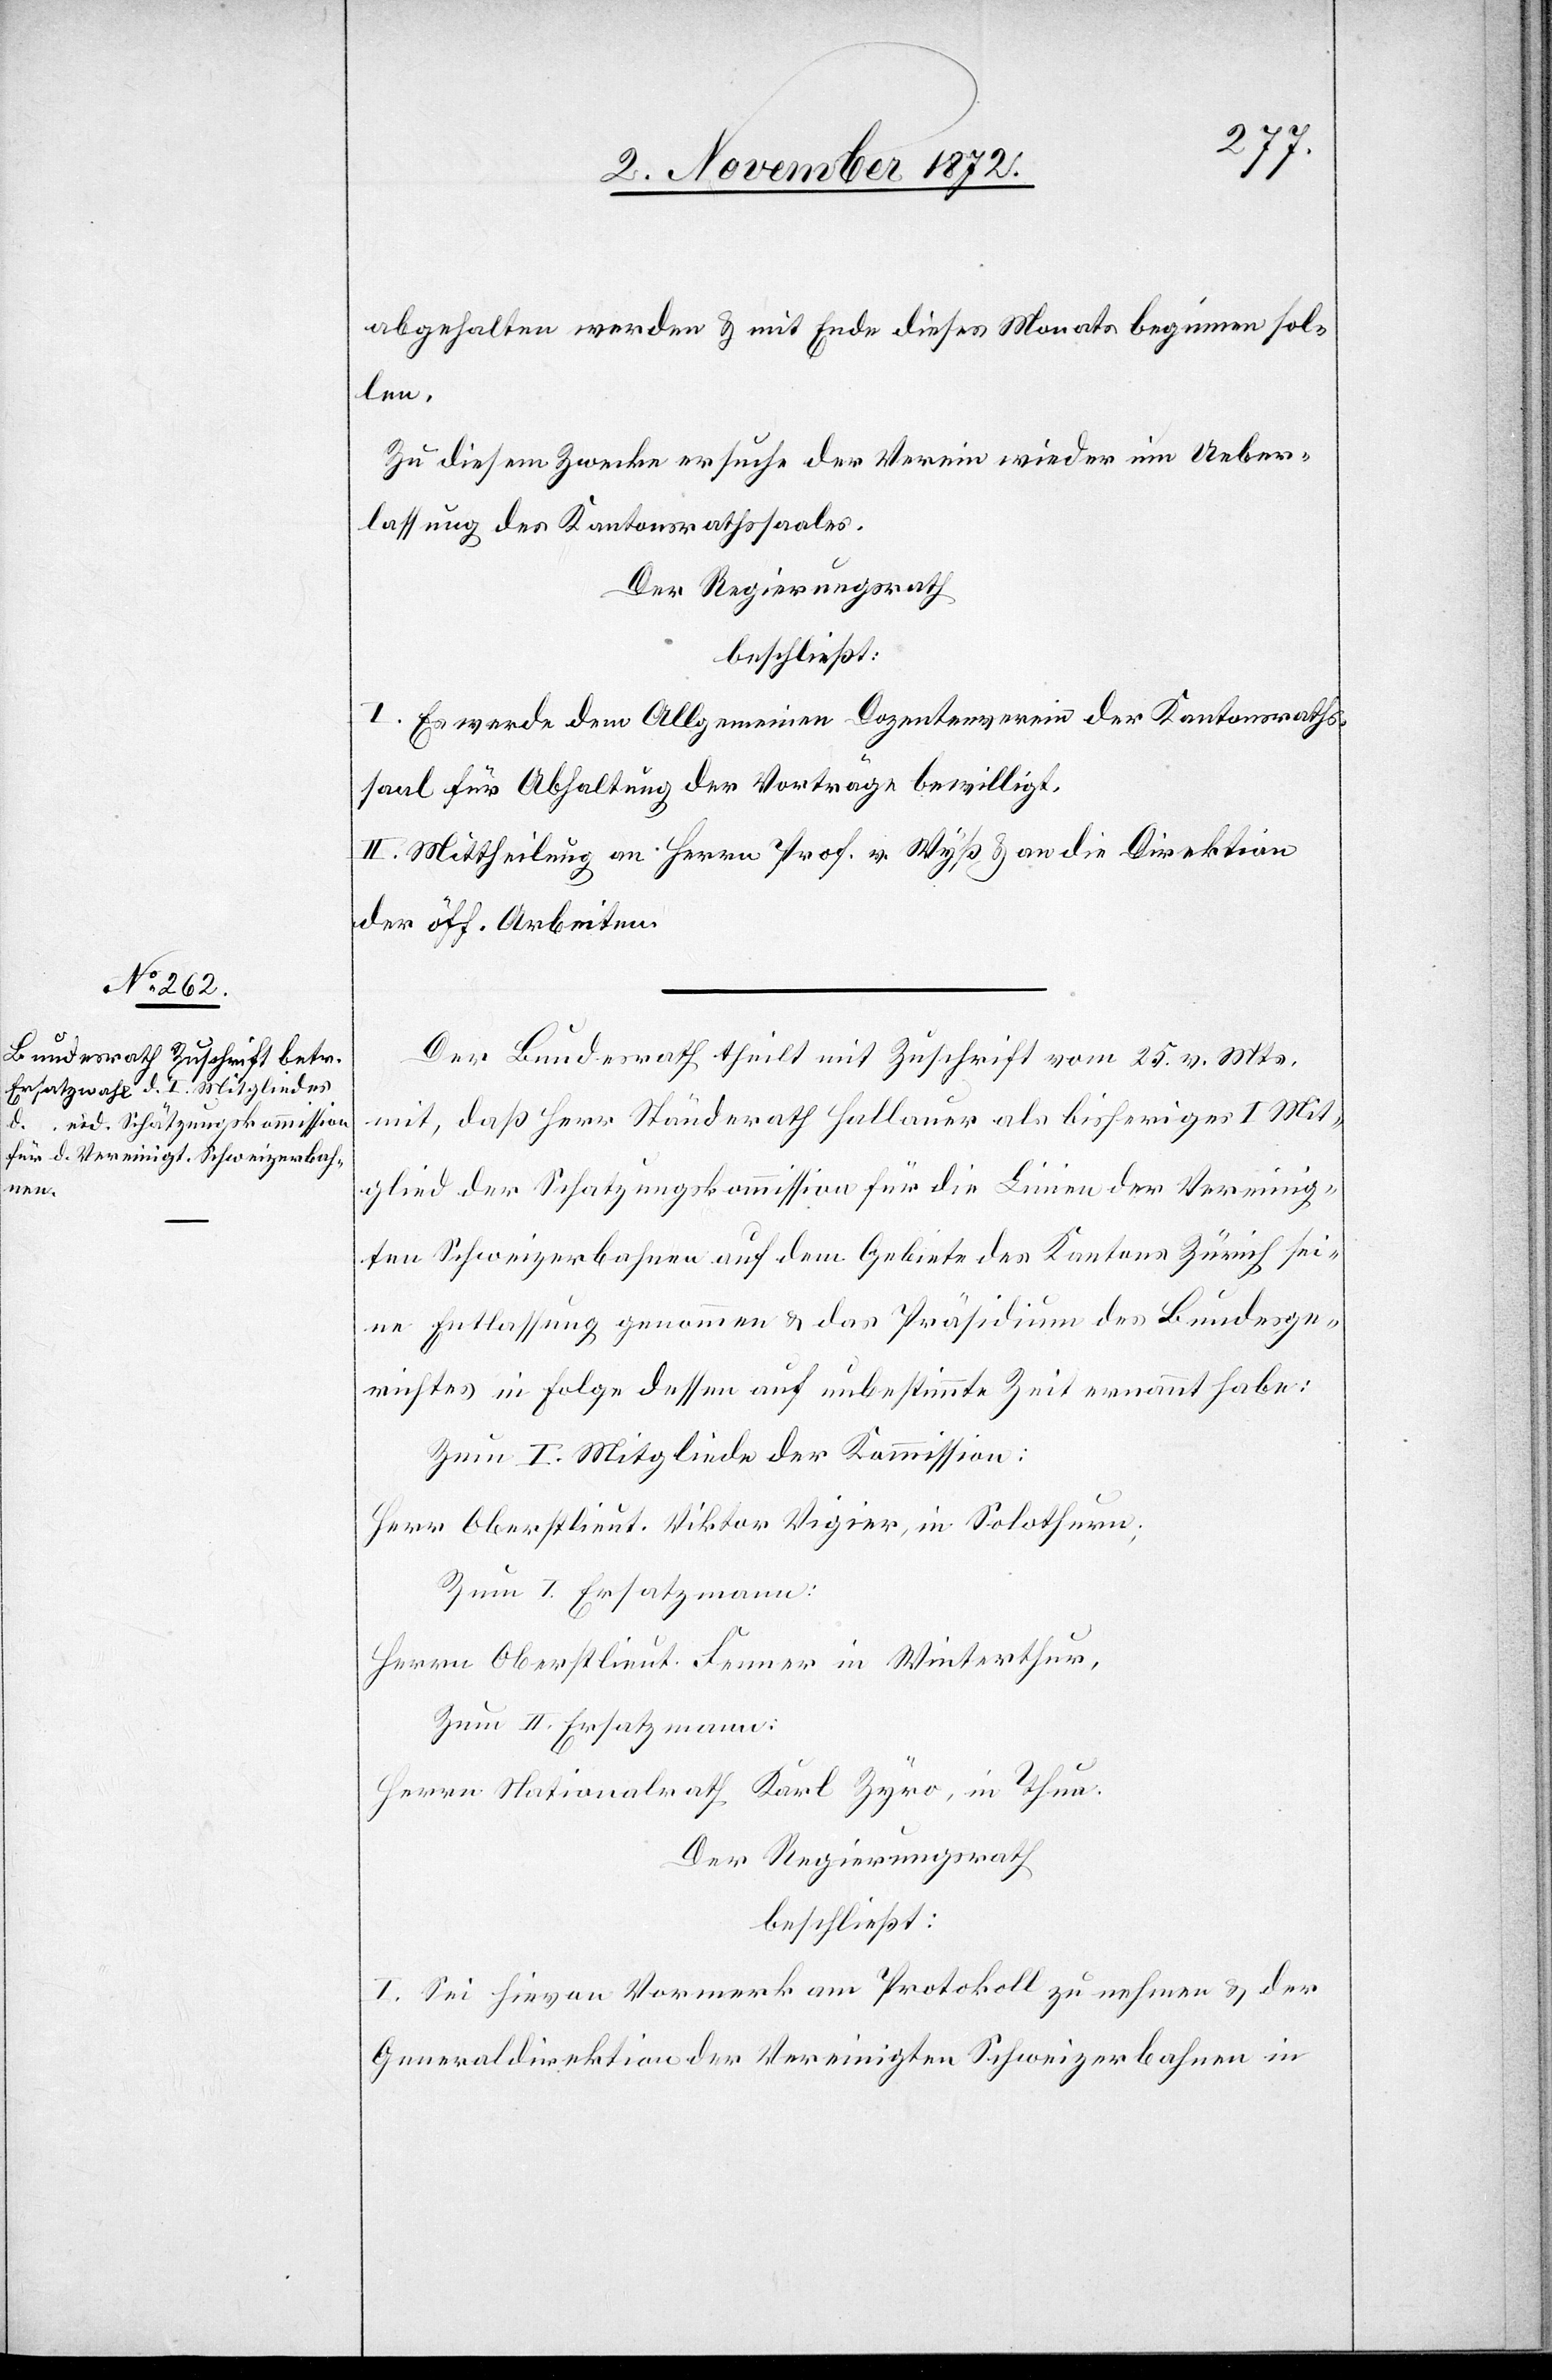
abgehalten werden u. mit Ende dieses Monats beginnen sol¬
len.
Zu diesem Zwecke ersuche der Verein wieder um Ueber¬
lassung des Kantonsrathssaales.
Der Regierungsrath
beschließt:
I. Es werde dem Allgemeinen Dozentenverein der Kantonsraths¬
saal für Abhaltung der Vorträge bewilligt.
II. Mittheilung an Herrn Prof. v. Wyß u. an die Direktion
der öff. Arbeiten.
Der Bundesrath theilt mit Zuschrift vom 25. v. Mts.
mit, daß Herr Ständerath Hallauer als bisheriges I Mit¬
glied der Schatzungskommission für die Linien der Vereinig¬
ten Schweizerbahnen auf dem Gebiete des Kantons Zürich sei¬
ne Entlassung genommen u. das Präsidium des Bundesge¬
richtes in Folge dessen auf unbestimmte Zeit ernannt habe:
Zum I. Mitgliede der Kommission:
Herr Oberstlieut. Viktor Vigier, in Solothurn;
Zum I. Ersatzmann:
Herrn Oberstlieut. Fenner in Winterthur,
Zum II. Ersatzmann:
Herrn Nationalrath Karl Zyro, in Thun.
Der Regierungsrath
beschließt:
I. Sei hievon Vormerk am Protokoll zu nehmen u. der
Generaldirektion der Vereinigten Schweizerbahnen in